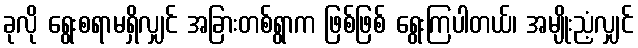
ခုလို ရွေးစရာမရှိလျှင် အခြားတစ်ရွာက ဖြစ်ဖြစ် ရွေးကြပါတယ်၊ အမျိုးညံ့လျှင်